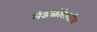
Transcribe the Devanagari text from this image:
मंडळींसाठीच